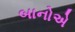
બાનોએ